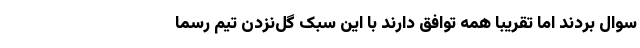
سوال بردند اما تقریباً همه توافق دارند با این سبک گل‌نزدن تیم رسماً